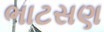
ભાટસણ